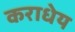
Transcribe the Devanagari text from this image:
कराधेय